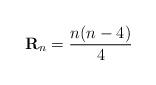
LaTeX: \begin{align*}\mathbf{R}_{n} = \frac{n(n-4)}{4}\end{align*}